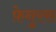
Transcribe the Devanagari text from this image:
फ़ेनुरस